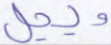
ويحل